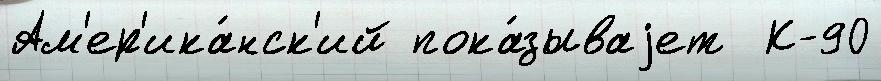
Ам'ер'ика́нск'ий пока́зываjет  К-90